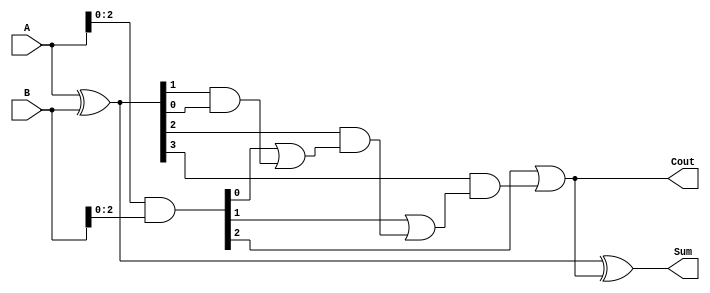
module carry_lookahead_adder (
    input [3:0] A,
    input [3:0] B,
    output [3:0] Sum,
    output Cout
);

// Define signals
wire [3:0] G, P, C;

// Generate G and P signals
assign G = A & B;
assign P = A ^ B;

// Generate carry signals
assign C[0] = P[0];
assign C[1] = G[0] | (P[1] & C[0]);
assign C[2] = G[1] | (P[2] & C[1]);
assign C[3] = G[2] | (P[3] & C[2]);

// Generate sum signals
assign Sum = A ^ B ^ Cout;

// Output carry signal
assign Cout = C[3];

endmodule